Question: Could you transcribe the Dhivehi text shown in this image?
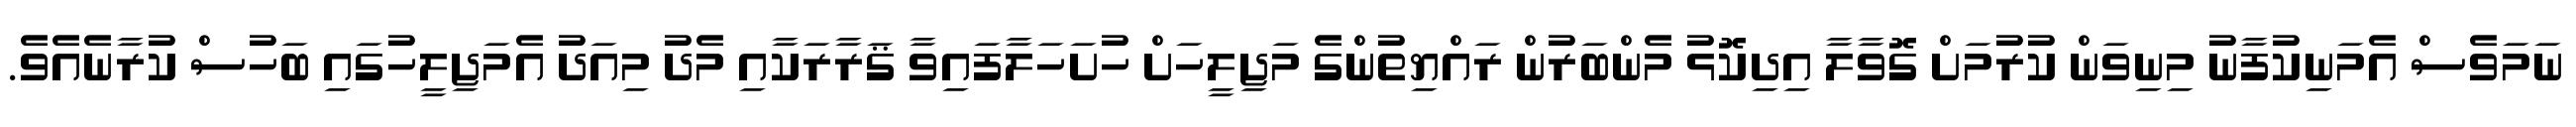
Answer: ނަމަވެސް އެމަނިކުފާނު މިނިވަން ކުރުމަށް ގޮވާލާ އިދިކޮޅު މެންބަރުން ރައްޔިތުންގެ މަޖިލީހަށް ހުށަހަލާފައިވާ ޤަރާރަކާއި މެދު މިއަދު އެމަޖިލީހުގައި ބަހުސް ކުރާނެއެވެ.